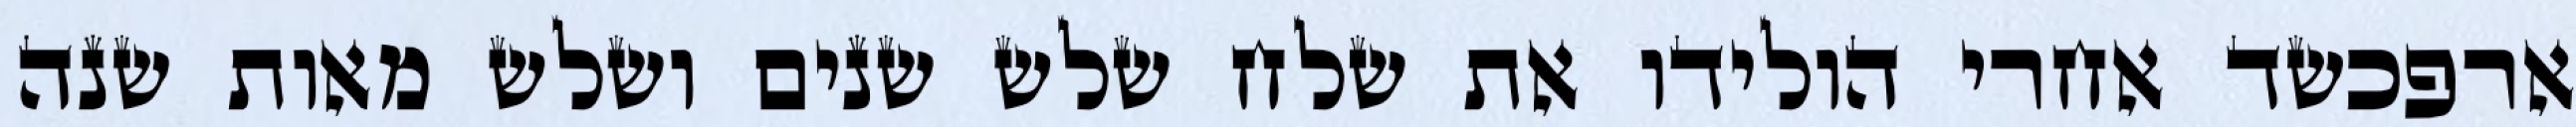
ארפכשד אחרי הולידו את שלח שלש שנים ושלש מאות שנה